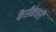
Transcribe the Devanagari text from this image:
कैरीकेचरी